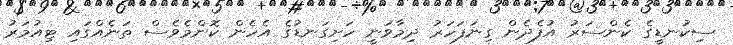
ސިކުނޑީގެ ކެންސަރު އުފެދެން ގިނަފަހަރު ދިމާވަނީ ހަށިގަނޑުގެ އެހެން ކޮންމެވެސް ތަނެއްގައި ޓިއުމަރު